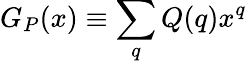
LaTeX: G_{P}(x)\equiv\sum_{q}Q(q)x^{q}